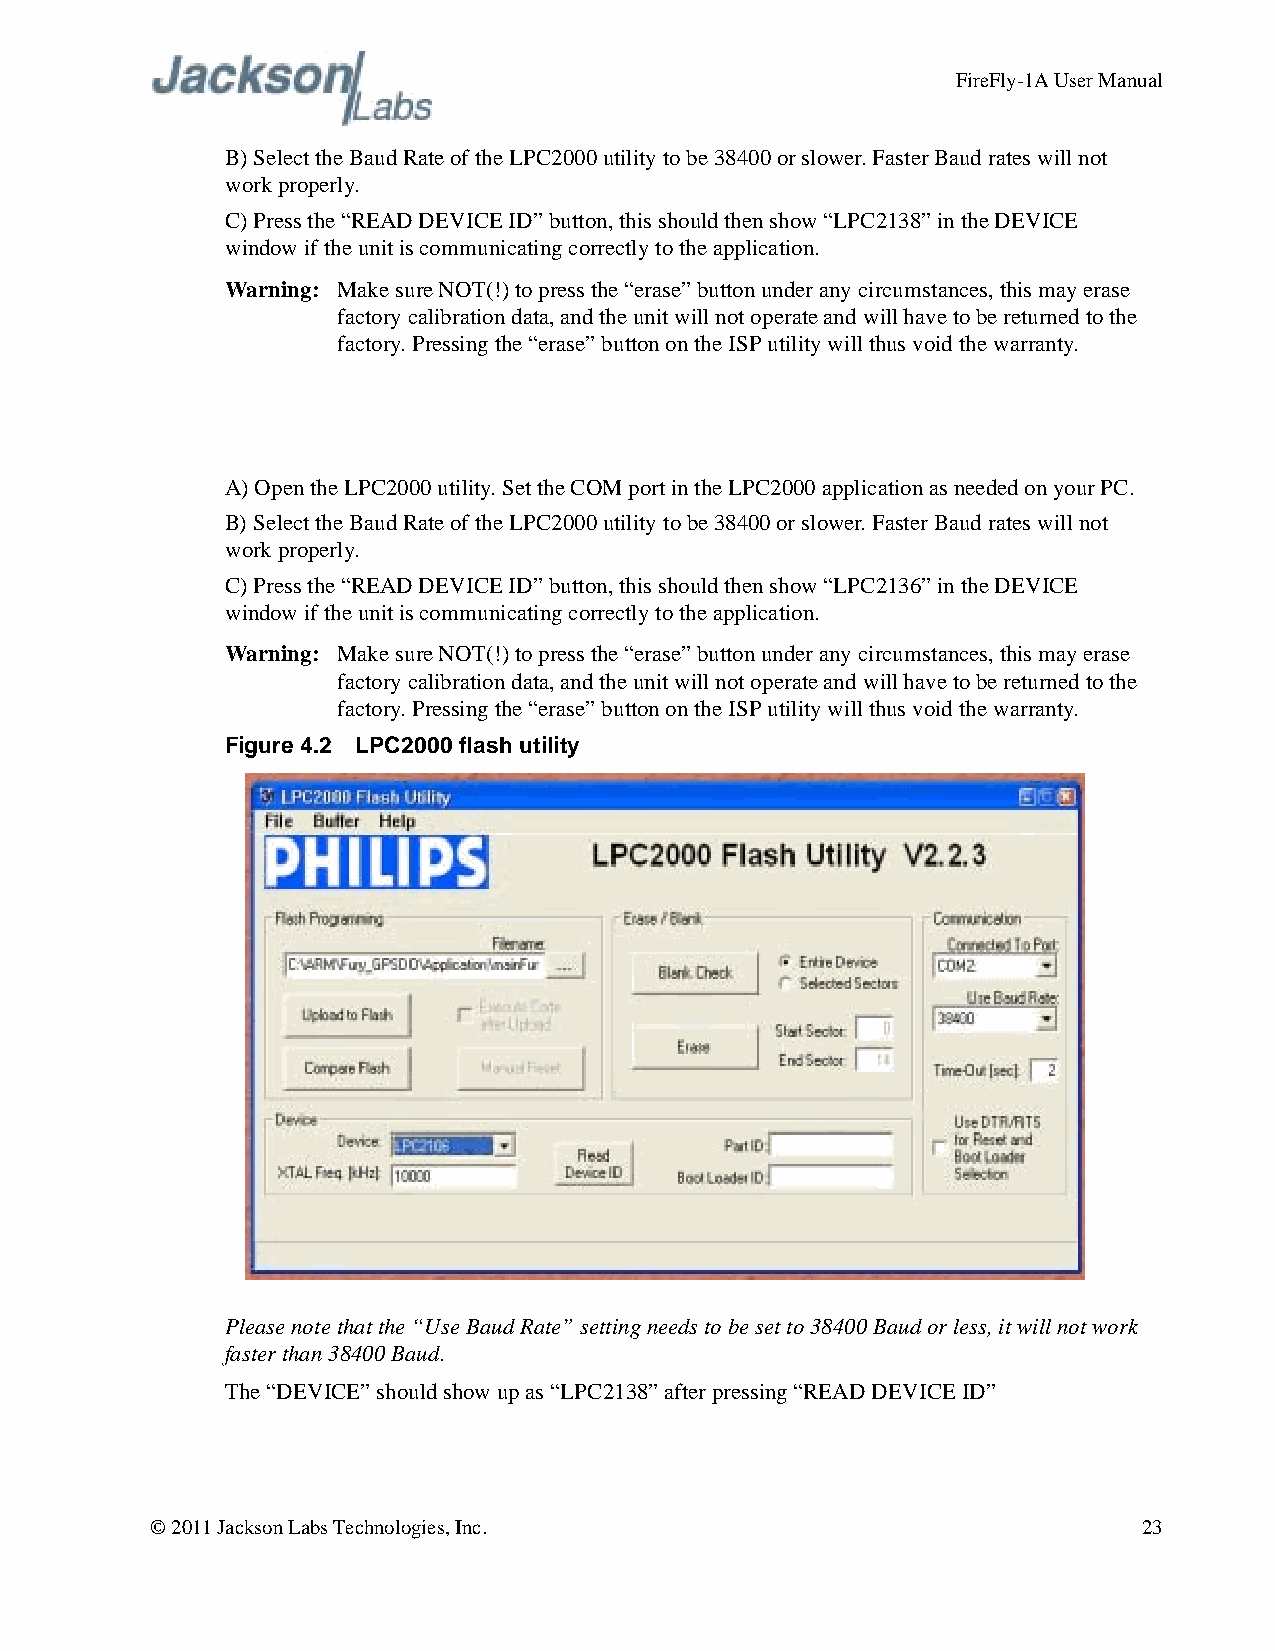
FireFly-1A User Manual
 B) Select the Baud Rate of the LPC2000 utility to be 38400 or slower. Faster Baud rates will not
 work properly.
 C) Press the “READ DEVICE ID” button, this should then show “LPC2138” in the DEVICE
 window if the unit is communicating correctly to the application.
 Warning: Make sure NOT(!) to press the “erase” button under any circumstances, this may erase
 factory calibration data, and the unit will not operate and will have to be returned to the
 factory. Pressing the “erase” button on the ISP utility will thus void the warranty.
 A) Open the LPC2000 utility. Set the COM port in the LPC2000 application as needed on your PC.
 B) Select the Baud Rate of the LPC2000 utility to be 38400 or slower. Faster Baud rates will not
 work properly.
 C) Press the “READ DEVICE ID” button, this should then show “LPC2136” in the DEVICE
 window if the unit is communicating correctly to the application.
 Warning: Make sure NOT(!) to press the “erase” button under any circumstances, this may erase
 factory calibration data, and the unit will not operate and will have to be returned to the
 factory. Pressing the “erase” button on the ISP utility will thus void the warranty.
 Figure 4.2 LPC2000 flash utility
 Please note that the “Use Baud Rate” setting needs to be set to 38400 Baud or less, it will not work
 faster than 38400 Baud.
 The “DEVICE” should show up as “LPC2138” after pressing “READ DEVICE ID”
 © 2011 Jackson Labs Technologies, Inc.                            23